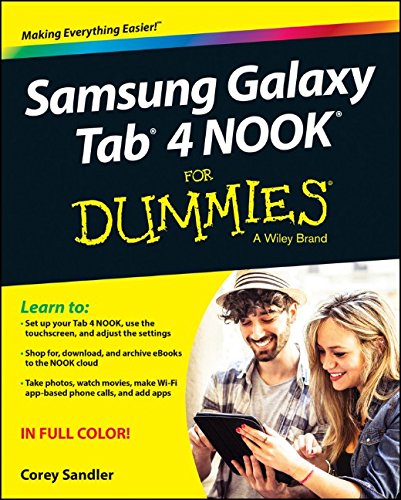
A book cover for Samsung Galaxy Tab 4 NOOK For Dummies; Corey Sandler; Computers & Technology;